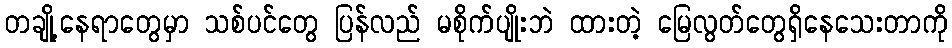
တချို့နေရာတွေမှာ သစ်ပင်တွေ ပြန်လည် မစိုက်ပျိုးဘဲ ထားတဲ့ မြေလွတ်တွေရှိနေသေးတာကို